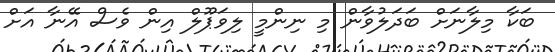
ބަކާ މިލާނަށް ބަދަލުވާން މި ނިންމީ ލިވަޕޫލް އިން ވެސް އޭނާ އަށް